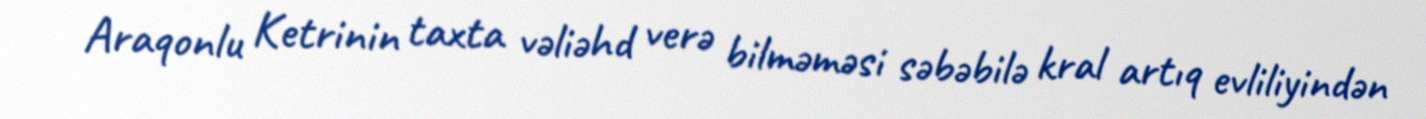
Araqonlu Ketrinin taxta vəliəhd verə bilməməsi səbəbilə kral artıq evliliyindən